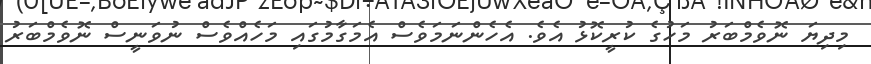
މިދިޔަ ނޮވެމްބަރު މަހުގެ ކުރީކޮޅު އެވެ. އެހެންނަމަވެސް އެމަގާމުގައި މަހެއްވެސް ނުވަނީސް ނޮވެމްބަރު